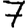
Digit: 7